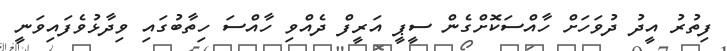
ފިތުރު އީދު ދުވަހަށް ހާއްސަކޮށްގެން ސީޕީ އަރީފް ދެއްވި ހާއްސަ ހިތާބުގައި ވިދާޅުވެފައިވަނީ